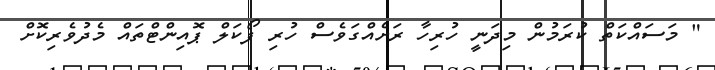
" މަސައްކަތް ކުރަމުން މިދަނީ ހުރިހާ ރަށެއްގަވެސް ހުރި ފޯކަލް ޕޮއިންޓްތައް މެދުވެރިކޮށް